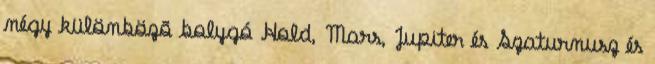
négy különbözõ bolygó Hold, Mars, Jupiter és Szaturnusz és